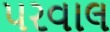
પરવાલ